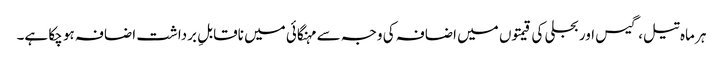
ہر ماہ تیل، گیس اور بجلی کی قیمتوں میں اضافہ کی وجہ سے مہنگائی میں ناقابلِ برداشت اضافہ ہو چکا ہے۔